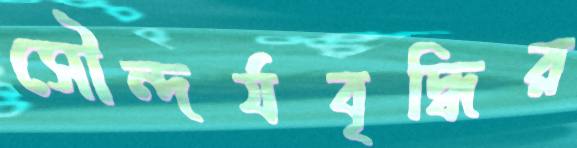
সৌন্দর্যবৃদ্ধির